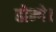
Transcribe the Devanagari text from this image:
होन्गे।